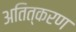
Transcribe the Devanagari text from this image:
अतित्करण